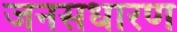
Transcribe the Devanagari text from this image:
जनसधारण